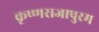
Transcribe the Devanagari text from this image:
कृष्णराजापुरम